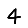
Digit: 4